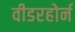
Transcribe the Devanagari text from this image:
वीडरहोर्न